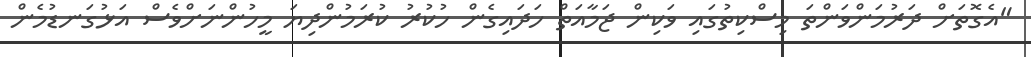
"އެގޮތަށް ދަރުމަންވަންތަ މިސްކިތުގައި ވަކިން ޖަމާއަތް ހަދައިގެން ހުކުރު ކުރަމުންދިޔަ މީހުންނަށްވެސް އަޅުގަނޑުމެން